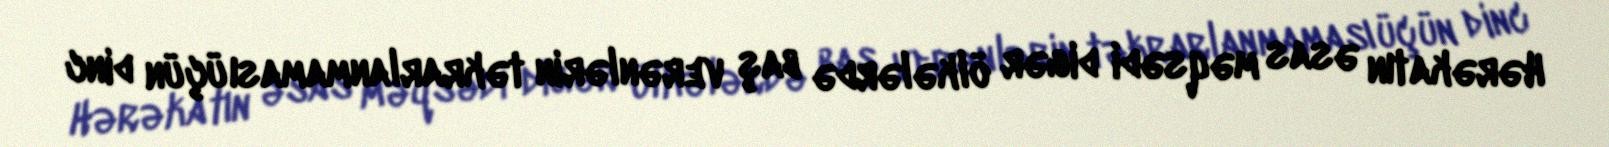
Hərəkatın əsas məqsədi digər ölkələrdə baş verənlərin təkrarlanmaması üçün dinc